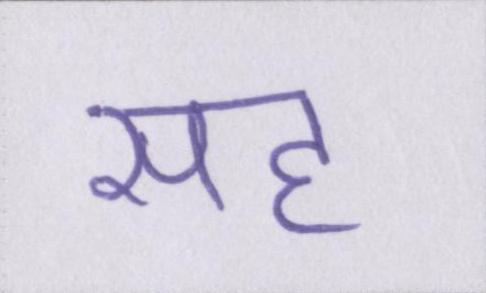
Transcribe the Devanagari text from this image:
सह